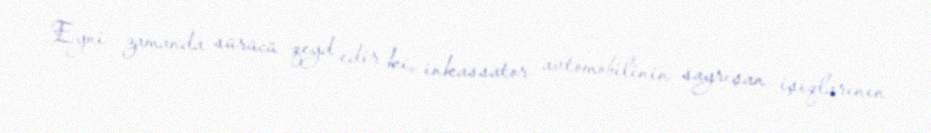
Eyni zamanda sürücü qeyd edir ki, inkassator avtomobilinin sayrışan işıqlarının